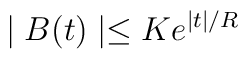
\mid B(t)\mid\leq K e^{\mid t\mid /R}